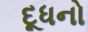
દૂધનો